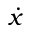
\dot { x }